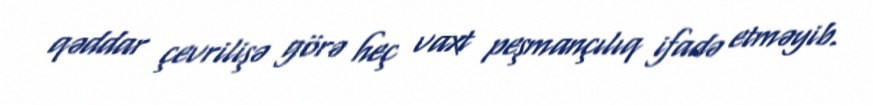
qəddar çevrilişə görə heç vaxt peşmançılıq ifadə etməyib.